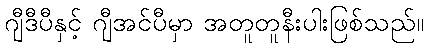
ဂျီဒီပီနှင့် ဂျီအင်ပီမှာ အတူတူနီးပါးဖြစ်သည်။